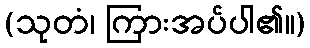
(သုတံ၊ ကြားအပ်ပါ၏။)